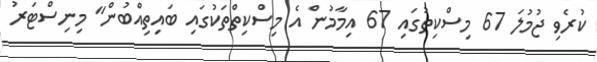
ކުރެވި ޖުމުލަ 67 މިސްކިތުގައި 67 އިމާމުން އެ މިސްކިތްތަކުގައި ބައިތިއްބުން" މިނިސްޓަރު